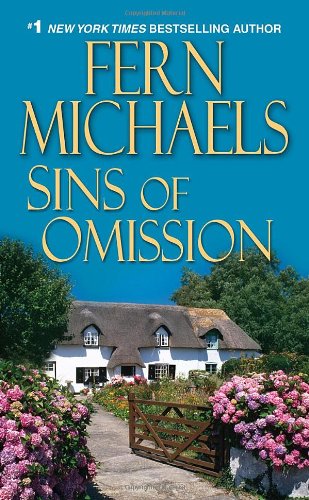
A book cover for Sins of Omission; Fern Michaels; Romance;